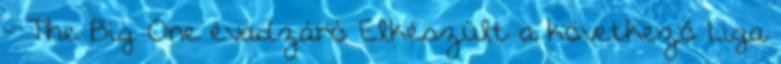
- The Big One évadzáró Elkészült a következő Liga